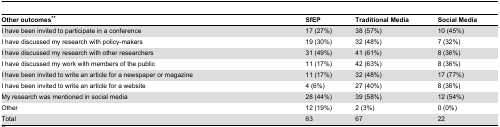
| Other outcomes** | SfEP | Traditional Media | Social Media |
 | --- | --- | --- | --- |
 | I have been invited to participate in a conference | 17 (27%) | 38 (57%) | 10 (45%) |
 | I have discussed my research with policy-makers | 19 (30%) | 32 (48%) | 7 (32%) |
 | I have discussed my research with other researchers | 31 (49%) | 41 (61%) | 8 (36%) |
 | I have discussed my work with members of the public | 11 (17%) | 42 (63%) | 8 (36%) |
 | I have been invited to write an article for a newspaper or magazine | 11 (17%) | 32 (48%) | 17 (77%) |
 | I have been invited to write an article for a website | 4 (6%) | 27 (40%) | 8 (36%) |
 | My research was mentioned in social media | 28 (44%) | 39 (58%) | 12 (54%) |
 | Other | 12 (19%) | 2 (3%) | 0 (0%) |
 | Total | 63 | 67 | 22 |